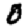
Digit: 0